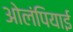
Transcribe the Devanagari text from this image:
ओलंपियाई